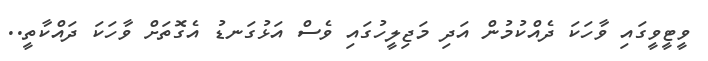
ވީޓީވީގައި ވާހަކަ ދެއްކުމުން އަދި މަޖިލީހުގައި ވެސް އަޅުގަނޑު އެގޮތަށް ވާހަކަ ދައްކާތީ..